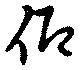
仰